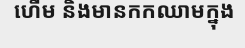
ហើម និងមានកកឈាមក្នុង